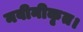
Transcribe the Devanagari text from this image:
नवीनीकृत।